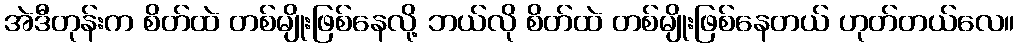
အဲဒီတုန်းက စိတ်ထဲ တစ်မျိုးဖြစ်နေလို့ ဘယ်လို စိတ်ထဲ တစ်မျိုးဖြစ်နေတယ် ဟုတ်တယ်လေ။